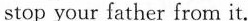
stop your father from it.